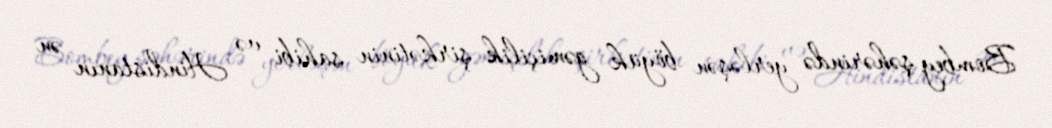
Bombey şəhərində yerləşən böyük gəmiçilik şirkətinin sahibi və Hindistanın ən